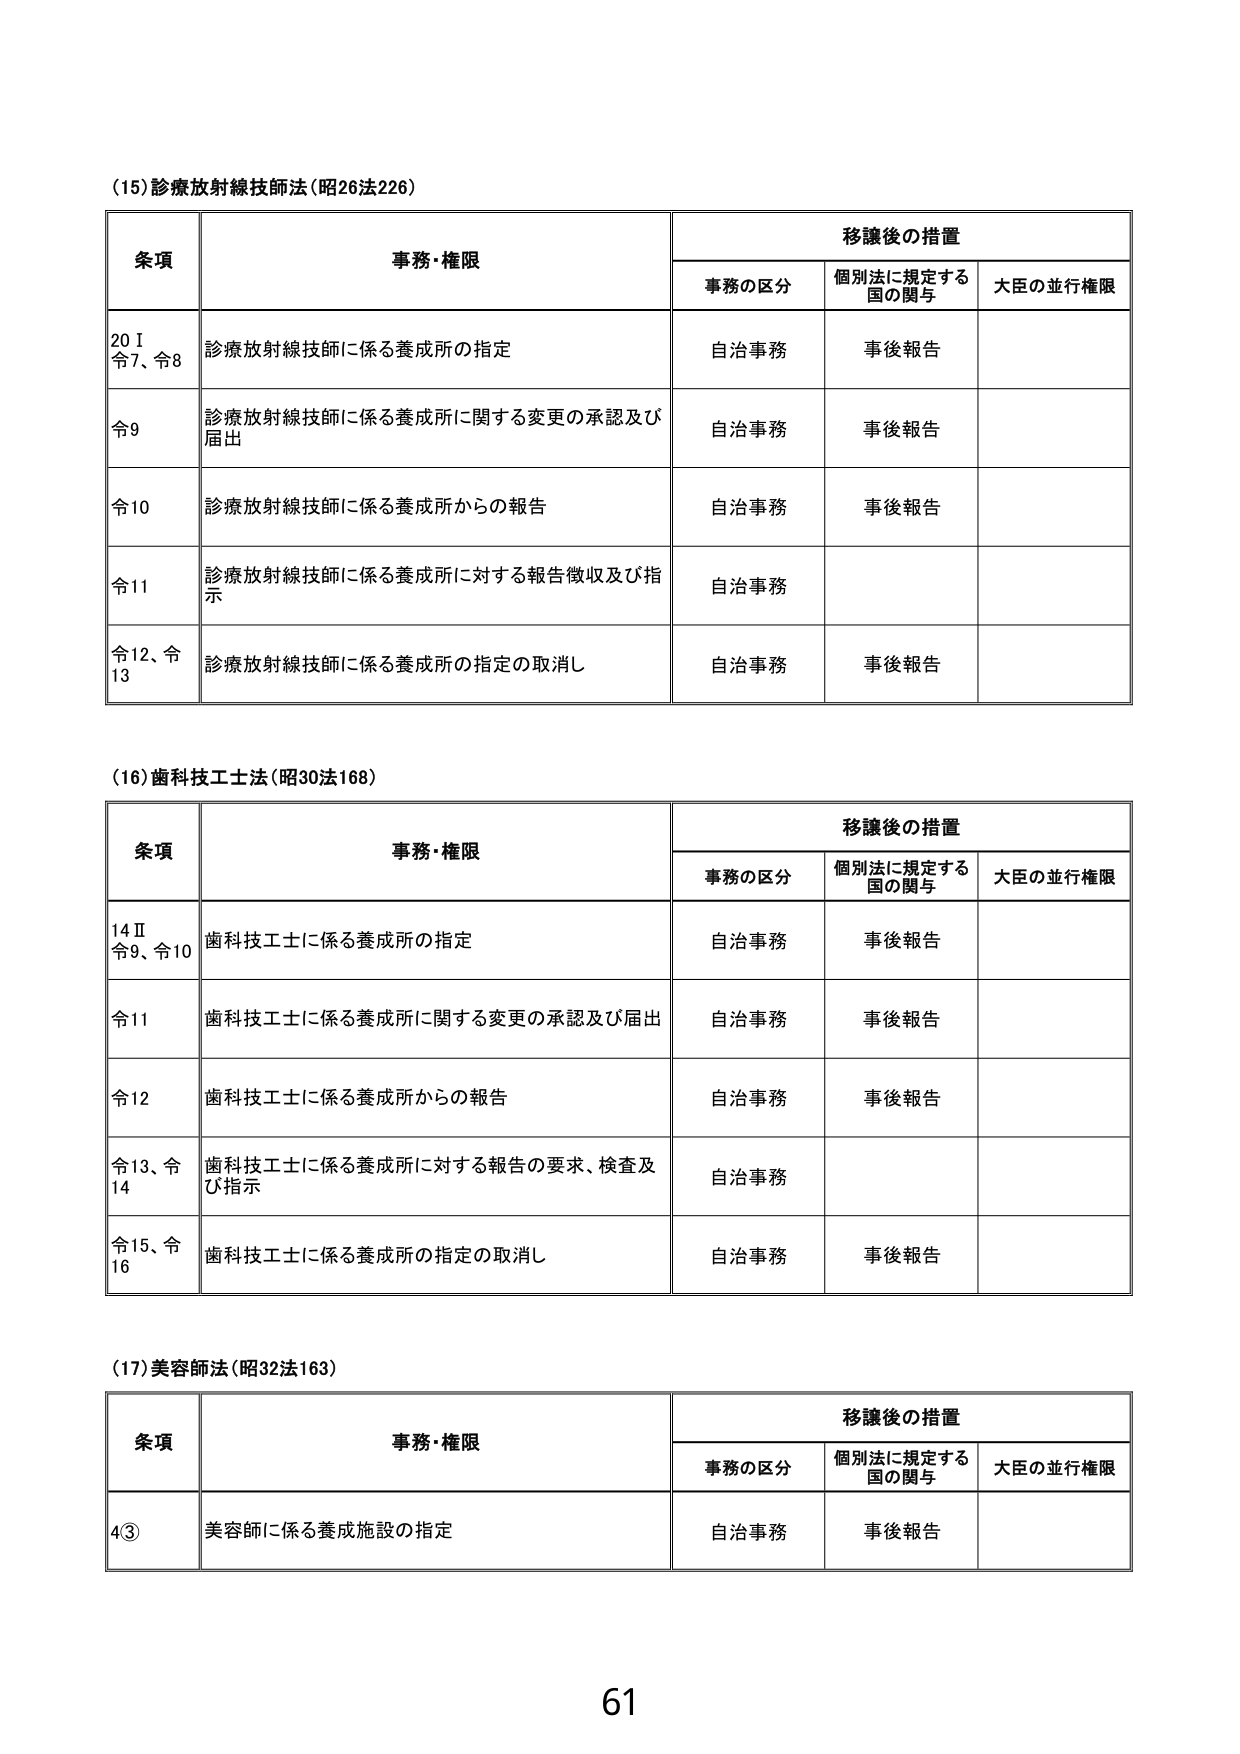
(15)診療放射線技師法(昭26法226)

条項 事務・権限 移譲後の措置
　　事務の区分 個別法に規定する国 の関与 大臣の並行権限
20Ⅰ 令7、令8 診療放射線技師に係る養成所の指定 自治事務 事後報告
令9 診療放射線技師に係る養成所に関する変更の承認及び届出 自治事務 事後報告
令10 診療放射線技師に係る養成所からの報告 自治事務 事後報告
令11 診療放射線技師に係る養成所に対する報告徴収及び指示 自治事務
令12、令13 診療放射線技師に係る養成所の指定の取消し 自治事務 事後報告

(16)歯科技工士法(昭30法168)

条項 事務・権限 移譲後の措置
　　事務の区分 個別法に規定する国 の関与 大臣の並行権限
14Ⅱ 令9、令10 歯科技工士に係る養成所の指定 自治事務 事後報告
令11 歯科技工士に係る養成所に関する変更の承認及び届出 自治事務 事後報告
令12 歯科技工士に係る養成所からの報告 自治事務 事後報告
令13、令14 歯科技工士に係る養成所に対する報告の要求、検査及び指示 自治事務
令15、令16 歯科技工士に係る養成所の指定の取消し 自治事務 事後報告

(17)美容師法(昭32法163)

条項 事務・権限 移譲後の措置
　　事務の区分 個別法に規定する国 の関与 大臣の並行権限
4③ 美容師に係る養成施設の指定 自治事務 事後報告

61